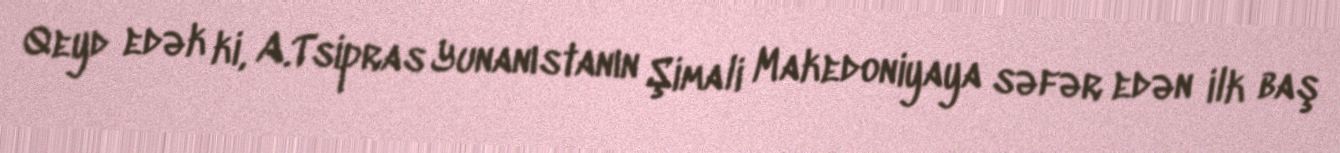
Qeyd edək ki, A.Tsipras Yunanıstanın Şimali Makedoniyaya səfər edən ilk baş